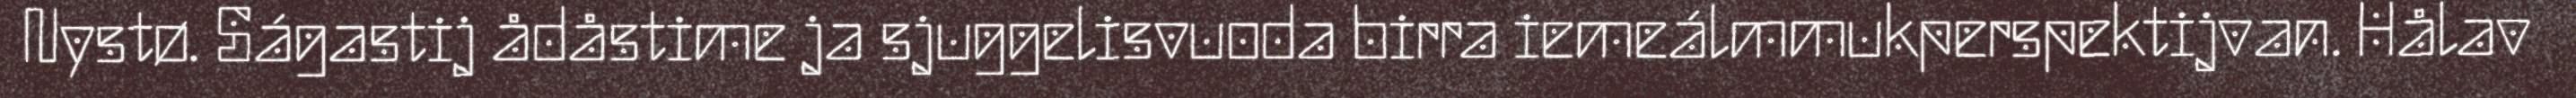
Nystø. Ságastij ådåstime ja sjuggelisvuoda birra iemeálmmukperspektijvan. Hålav